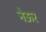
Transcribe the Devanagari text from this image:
नेऊर